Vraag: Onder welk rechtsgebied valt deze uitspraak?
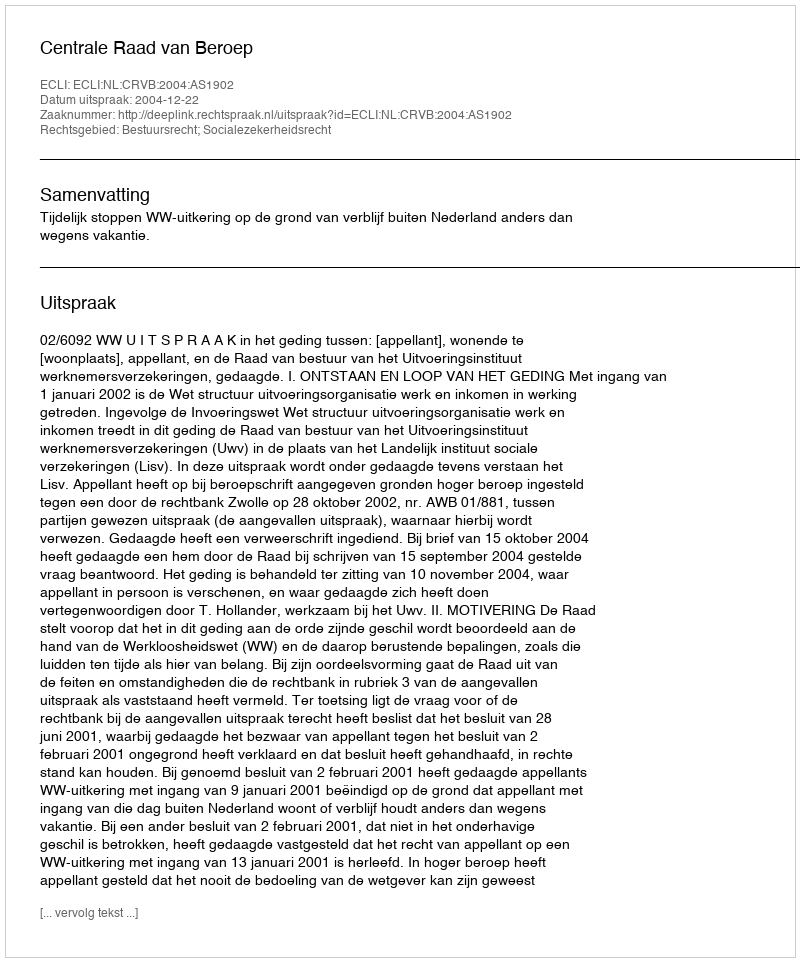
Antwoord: Bestuursrecht; Socialezekerheidsrecht